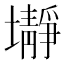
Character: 𱘕